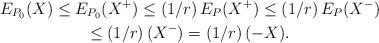
LaTeX: \begin{gather*}E_{P_0}(X)\leq E_{P_0}(X^+)\leq (1/r)\,E_P(X^+)\leq (1/r)\,E_P(X^-)\\\leq (1/r)\,(X^-)=(1/r)\,(-X).\end{gather*}